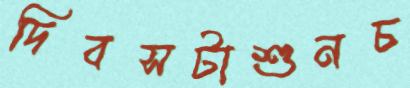
দিবসটাশুনচ